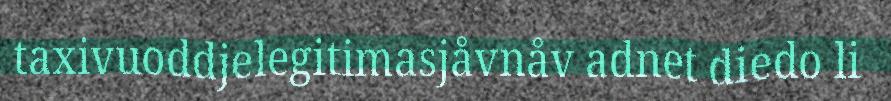
taxivuoddjelegitimasjåvnåv adnet diedo li